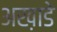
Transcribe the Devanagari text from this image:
अख़ाडे